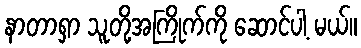
နာတာရှာ သူတို့အကြိုက်ကို ဆောင်ပါ့ မယ်။